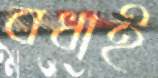
বধাই